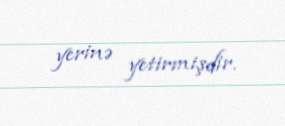
yerinə yetirmişdir.